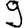
Digit: 9